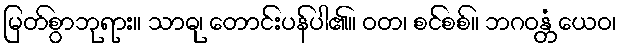
မြတ်စွာဘုရား။ သာဓု၊ တောင်းပန်ပါ၏။ ဝတ၊ စင်စစ်။ ဘဂဝန္တံ ယေဝ၊